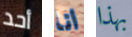
أحد انا بهذا